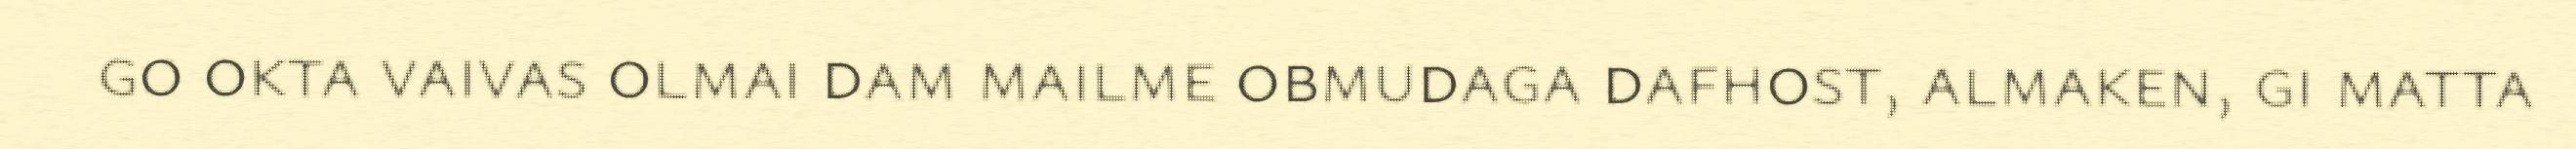
go okta vaivas olmai dam mailme obmudaga dafhost, almaken, gi matta